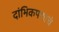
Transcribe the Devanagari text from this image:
दांभिकपणाचे